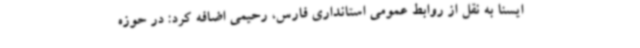
ایسنا به نقل از روابط عمومی استانداری فارس، رحیمی اضافه کرد: در حوزه